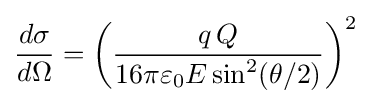
{\frac {d\sigma }{d\Omega }}=\left({\frac {q\,Q}{16\pi \varepsilon _{0}E\sin ^{2}(\theta /2)}}\right)^{2}